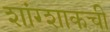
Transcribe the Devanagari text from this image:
शांग्शाकची